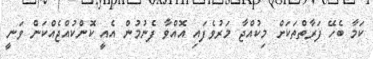
ކަމާ ބެހޭ ފަރާތްތަކަށް މިކުއްޖާ މަރުވެފައި އޮއްވާ ފެނުމުން އެއީ ކޮންކުއްޖެއްކަން ވަނީ